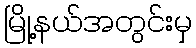
မြို့နယ်အတွင်းမှ